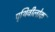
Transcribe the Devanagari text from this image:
पृथिवीलोक